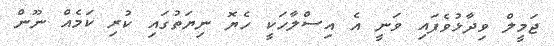
ޖަމީލް ވިދާޅުވެފައި ވަނީ އެ އިސްލާހަކީ ހެޔޮ ނިޔަތުގައި ކުރި ކަމެއް ނޫން